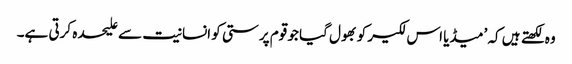
وہ لکھتے ہیں کہ ’میڈیا اس لکیر کو بھول گیا جو قوم پرستی کو انسانیت سے علیحدہ کرتی ہے۔